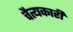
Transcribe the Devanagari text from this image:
चैत्यकारी